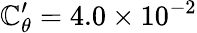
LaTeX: \mathbb{C}_{\theta}^{\prime}=4.0\times10^{-2}